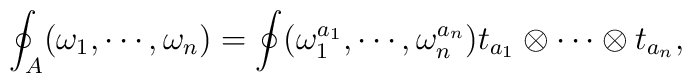
\oint_A(\omega_1,\cdots,\omega_n)   = \oint(\omega_1^{a_1},\cdots,\omega_n^{a_n})t_{a_1}\otimes\cdots\otimes t_{a_n},